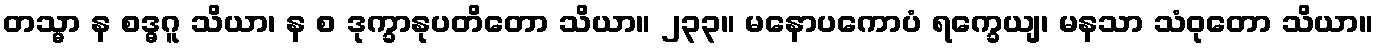
တသ္မာ န စဒ္ဓဂူ သိယာ၊ န စ ဒုက္ခာနုပတိတော သိယာ။ ၂၃၃။ မနောပကောပံ ရက္ခေယျ၊ မနသာ သံဝုတော သိယာ။